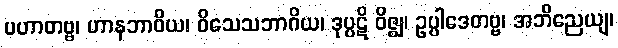
ပဟာတဗ္ဗ၊ ဟာနဘာဝိယ၊ ဝိသေသဘာဂိယ၊ ဒုပ္ပဋိ ဝိဇ္ဈ၊ ဥပ္ပါဒေတဗ္ဗ၊ အဘိညေယျ၊